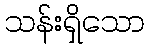
သန်းရှိသော